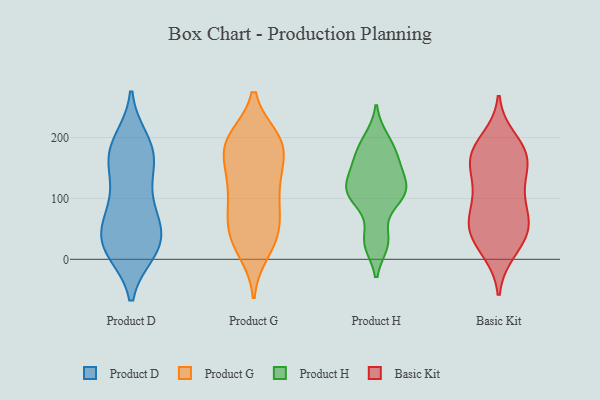
{"axis": {"x": "Active Users", "y": "Value"}, "legend": ["Basic Kit", "Product D", "Product G", "Product H"], "data": [{"x": "", "y": 13, "type": "Product D"}, {"x": "", "y": 56, "type": "Product D"}, {"x": "", "y": 99, "type": "Product D"}, {"x": "", "y": 122, "type": "Product D"}, {"x": "", "y": 196, "type": "Product D"}, {"x": "", "y": 53, "type": "Product D"}, {"x": "", "y": 12, "type": "Product D"}, {"x": "", "y": 14, "type": "Product D"}, {"x": "", "y": 82, "type": "Product D"}, {"x": "", "y": 12, "type": "Product D"}, {"x": "", "y": 182, "type": "Product D"}, {"x": "", "y": 43, "type": "Product D"}, {"x": "", "y": 160, "type": "Product D"}, {"x": "", "y": 35, "type": "Product D"}, {"x": "", "y": 26, "type": "Product D"}, {"x": "", "y": 161, "type": "Product D"}, {"x": "", "y": 172, "type": "Product D"}, {"x": "", "y": 154, "type": "Product D"}, {"x": "", "y": 72, "type": "Product D"}, {"x": "", "y": 196, "type": "Product D"}, {"x": "", "y": 196, "type": "Product G"}, {"x": "", "y": 66, "type": "Product G"}, {"x": "", "y": 149, "type": "Product G"}, {"x": "", "y": 33, "type": "Product G"}, {"x": "", "y": 30, "type": "Product G"}, {"x": "", "y": 13, "type": "Product G"}, {"x": "", "y": 196, "type": "Product G"}, {"x": "", "y": 183, "type": "Product G"}, {"x": "", "y": 180, "type": "Product G"}, {"x": "", "y": 198, "type": "Product G"}, {"x": "", "y": 119, "type": "Product G"}, {"x": "", "y": 194, "type": "Product G"}, {"x": "", "y": 136, "type": "Product G"}, {"x": "", "y": 129, "type": "Product G"}, {"x": "", "y": 109, "type": "Product G"}, {"x": "", "y": 186, "type": "Product G"}, {"x": "", "y": 29, "type": "Product G"}, {"x": "", "y": 58, "type": "Product G"}, {"x": "", "y": 71, "type": "Product G"}, {"x": "", "y": 80, "type": "Product G"}, {"x": "", "y": 26, "type": "Product H"}, {"x": "", "y": 173, "type": "Product H"}, {"x": "", "y": 115, "type": "Product H"}, {"x": "", "y": 151, "type": "Product H"}, {"x": "", "y": 30, "type": "Product H"}, {"x": "", "y": 198, "type": "Product H"}, {"x": "", "y": 116, "type": "Product H"}, {"x": "", "y": 91, "type": "Product H"}, {"x": "", "y": 192, "type": "Product H"}, {"x": "", "y": 102, "type": "Product H"}, {"x": "", "y": 121, "type": "Product H"}, {"x": "", "y": 150, "type": "Product H"}, {"x": "", "y": 111, "type": "Product H"}, {"x": "", "y": 30, "type": "Product H"}, {"x": "", "y": 111, "type": "Product H"}, {"x": "", "y": 164, "type": "Product H"}, {"x": "", "y": 104, "type": "Basic Kit"}, {"x": "", "y": 64, "type": "Basic Kit"}, {"x": "", "y": 175, "type": "Basic Kit"}, {"x": "", "y": 14, "type": "Basic Kit"}, {"x": "", "y": 168, "type": "Basic Kit"}, {"x": "", "y": 113, "type": "Basic Kit"}, {"x": "", "y": 18, "type": "Basic Kit"}, {"x": "", "y": 44, "type": "Basic Kit"}, {"x": "", "y": 171, "type": "Basic Kit"}, {"x": "", "y": 116, "type": "Basic Kit"}, {"x": "", "y": 196, "type": "Basic Kit"}, {"x": "", "y": 163, "type": "Basic Kit"}, {"x": "", "y": 70, "type": "Basic Kit"}, {"x": "", "y": 176, "type": "Basic Kit"}, {"x": "", "y": 55, "type": "Basic Kit"}, {"x": "", "y": 52, "type": "Basic Kit"}, {"x": "", "y": 148, "type": "Basic Kit"}, {"x": "", "y": 49, "type": "Basic Kit"}]}